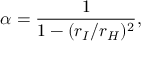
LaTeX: \alpha = \frac { 1 } { 1 - ( r _ { I } / r _ { H } ) ^ { 2 } } ,